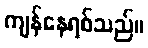
ကျန်နေရစ်သည်။